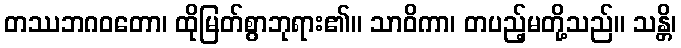
တဿဘဂဝတော၊ ထိုမြတ်စွာဘုရား၏။ သာဝိကာ၊ တပည့်မတို့သည်။ သန္တိ၊